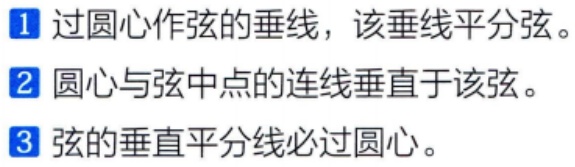
\begin{enumerate}

\item 过圆心作弦的垂线，该垂线平分弦。

\item 圆心与弦中点的连线垂直于该弦。

\item 弦的垂直平分线必过圆心。

\end{enumerate}